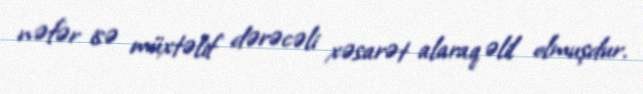
nəfər isə müxtəlif dərəcəli xəsarət alaraq əlil olmuşdur.